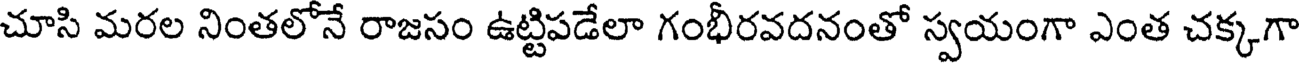
చూసి మరల నింతలోనే రాజసం ఉట్టిపడేలా గంభీరవదనంతో స్వయంగా ఎంత చక్కగా